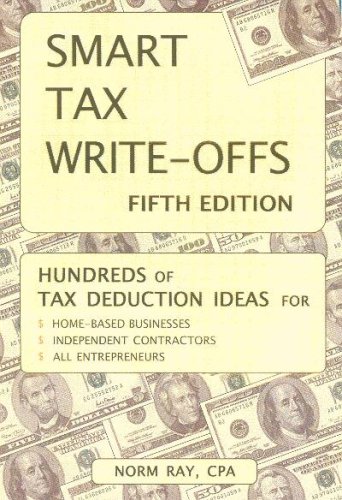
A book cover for Smart Tax Write-offs, Fifth Edition; Norm Ray CPA; Business & Money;